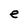
Character: e